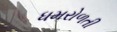
ધમરોળતી